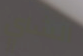
الشاي